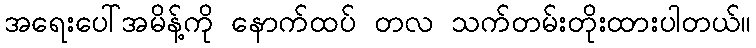
အရေးပေါ်အမိန့်ကို နောက်ထပ် တလ သက်တမ်းတိုးထားပါတယ်။